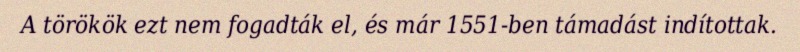
A törökök ezt nem fogadták el, és már 1551-ben támadást indítottak.